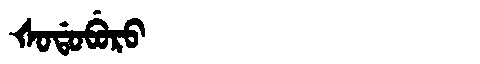
Manchu: ᡧᠣᡩᠣᠪᡠᡵᠣ
Romanization: ŠODOBURO